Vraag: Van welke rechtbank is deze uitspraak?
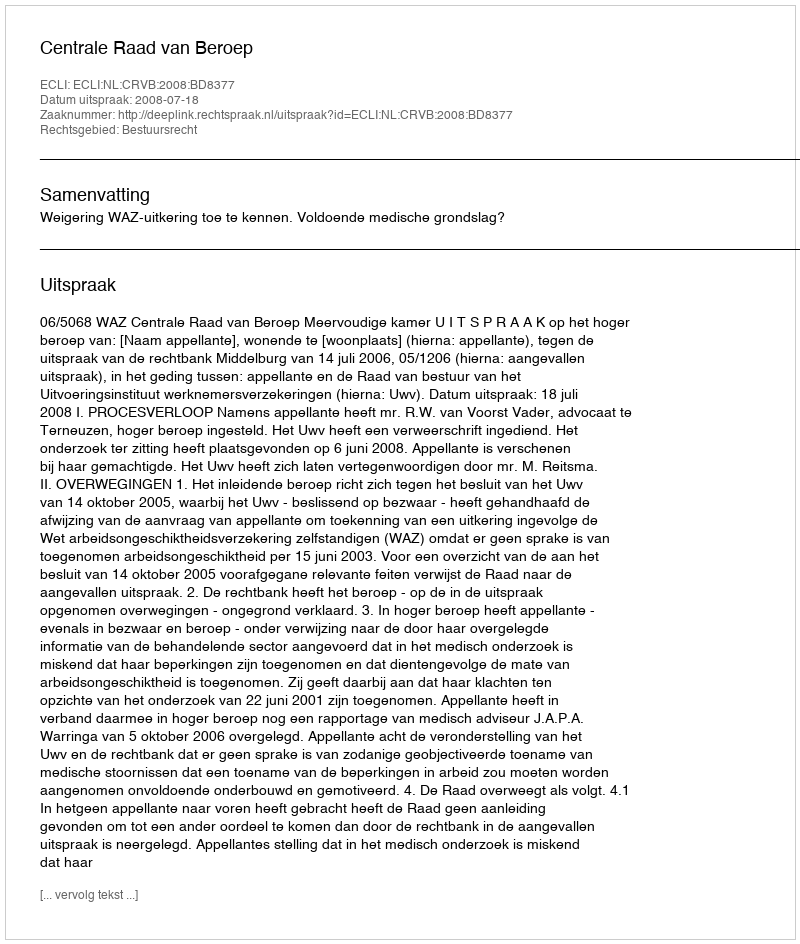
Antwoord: Centrale Raad van Beroep